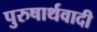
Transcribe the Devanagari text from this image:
पुरुषार्थवादी